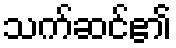
သက်ဆင်၏